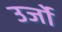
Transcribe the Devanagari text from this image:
उर्जो